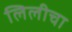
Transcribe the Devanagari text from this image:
लिलीचा